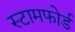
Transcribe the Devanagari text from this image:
स्टामफोर्ड